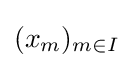
(x_{m})_{m\in I}